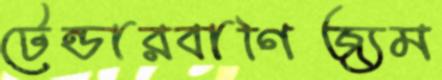
টেন্ডারবাণিজ্যম